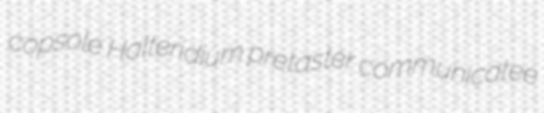
copsole Halteridium pretaster communicatee